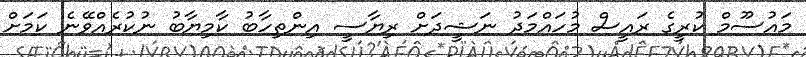
މައުސޫމް ކުރީގެ ރައީސް މުހައްމަދު ނަޝީދަށް ރިޔާސީ އިންތިހާބު ކާމިޔާބު ނުކުރެއްވޭނެ ކަމަށް